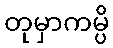
တုမှာကမ္ပိ